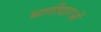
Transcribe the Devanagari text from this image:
भागीदारओं